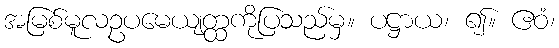
အမြစ်မူလဥပမေယျတ္ထကိုပြသည်မှ။ ပဋ္ဌာယ၊ ၍။ ဧဝံ၊